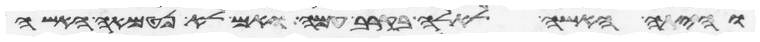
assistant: והיתה האשה לאלה בקרב עמה ואם לא נטמאה האשה